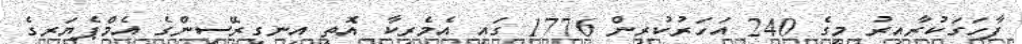
ފާހަގަކުރާއިރު މީގެ 240 އަހަރުކުރިން 1776 ގައި އެމެރިކާ އޮތީ އިނގިރޭސިންގެ އެމްޕެޔަރގެ